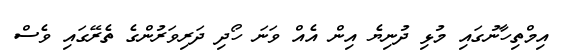
އިމްތިހާނުގައި މުޅި ދުނިޔެ އިން އެއް ވަނަ ހޯދި ދަރިވަރުންގެ ތެރޭގައި ވެސް